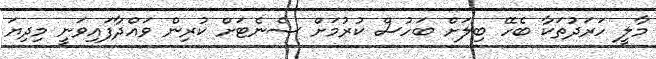
މާލީ ހަރަދުތަކާ ބެހޭ ބިލަށް ބަހުސް ކުރުމަށް ސެނެޓަށް ކުރިން ވައްދާފައިވަނީ މިދިޔަ